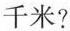
千米?